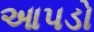
આપડો